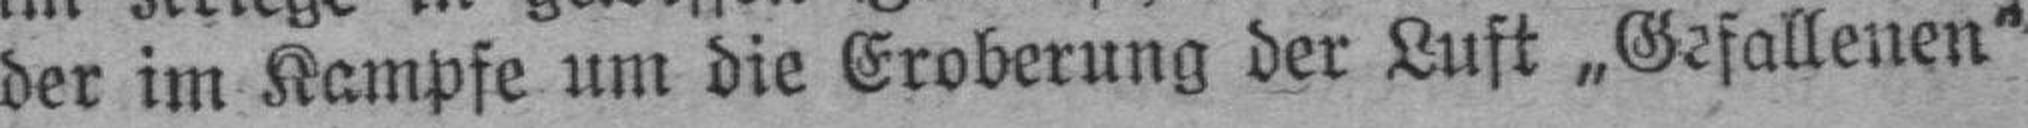
der im Kampfe um die Eroberung der Lust „Gefallenen“